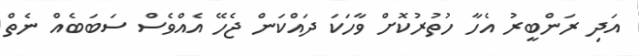
އަދި ރަންބީރު އެހާ ހުތުރުކޮށް ވާހަކަ ދައްކަން ޖެހޭ އެއްވެސް ސަބަބެއް ނެތް